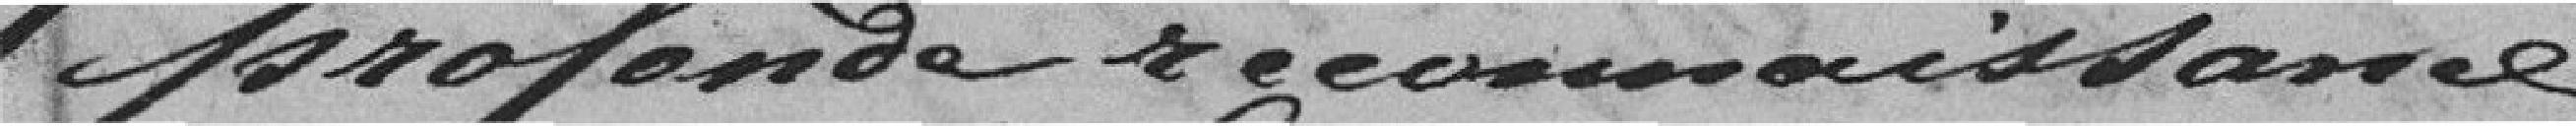
profonde reconnaissance.